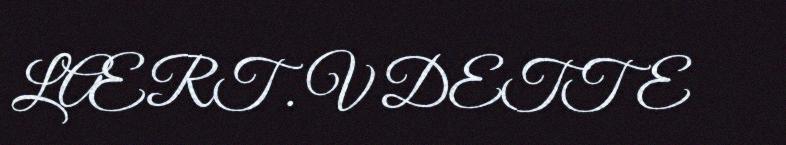
LÆRT . V DETTE